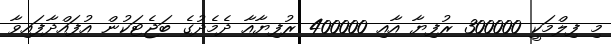
މި ފިލްމަކީ 300000 ރުފިޔާ އާއި 400000 ރުފިޔާއާ ދެމެދުގެ ބަޖެޓަކުން އުފައްދާފައިވާ